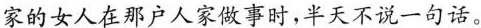
家的女人在那户人家做事时,半天不说一句话。